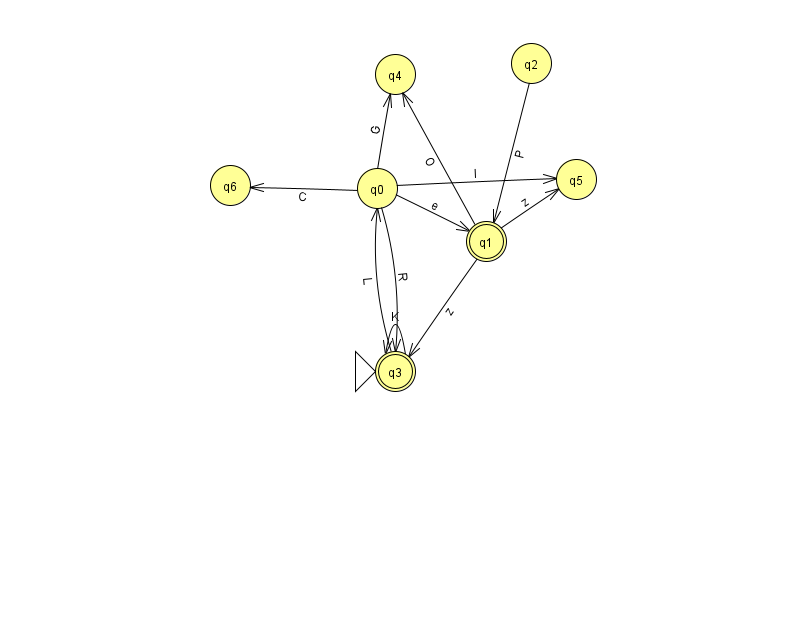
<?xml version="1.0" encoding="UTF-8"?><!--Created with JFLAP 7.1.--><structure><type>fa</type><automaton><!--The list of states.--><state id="0" name="q0"><x>377.0</x><y>175.0</y></state><state id="1" name="q1"><x>486.0</x><y>228.0</y><final/></state><state id="2" name="q2"><x>531.0</x><y>50.0</y></state><state id="3" name="q3"><x>395.0</x><y>358.0</y><initial/><final/></state><state id="4" name="q4"><x>395.0</x><y>61.0</y></state><state id="5" name="q5"><x>576.0</x><y>166.0</y></state><state id="6" name="q6"><x>230.0</x><y>172.0</y></state><!--The list of transitions.--><transition><from>3</from><to>0</to><read>L</read></transition><transition><from>1</from><to>4</to><read>O</read></transition><transition><from>0</from><to>1</to><read>e</read></transition><transition><from>1</from><to>3</to><read>z</read></transition><transition><from>1</from><to>5</to><read>z</read></transition><transition><from>3</from><to>3</to><read>K</read></transition><transition><from>0</from><to>4</to><read>G</read></transition><transition><from>0</from><to>5</to><read>l</read></transition><transition><from>0</from><to>6</to><read>C</read></transition><transition><from>2</from><to>1</to><read>P</read></transition><transition><from>0</from><to>3</to><read>R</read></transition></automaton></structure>